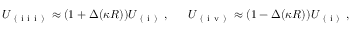
U _ { \mathrm { ~ ( ~ i ~ i ~ i ~ ) ~ } } \approx ( 1 + \Delta ( \kappa R ) ) U _ { \mathrm { ~ ( ~ i ~ ) ~ } } \, , \ \ \ \ \ U _ { \mathrm { ~ ( ~ i ~ v ~ ) ~ } } \approx ( 1 - \Delta ( \kappa R ) ) U _ { \mathrm { ~ ( ~ i ~ ) ~ } } \, ,